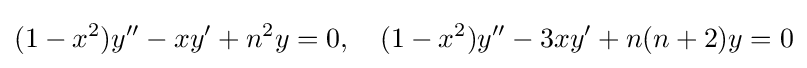
(1-x^{2})y''-xy'+n^{2}y=0,\quad (1-x^{2})y''-3xy'+n(n+2)y=0